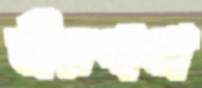
বীরগাথা